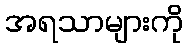
အရသာများကို